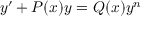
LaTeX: y ^ { \prime } + P ( x ) y = Q ( x ) y ^ { n }